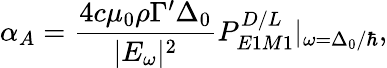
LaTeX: \alpha_{A}=\frac{4c\mu_{0}\rho\Gamma^{\prime}\Delta_{0}}{|E_{\omega}|^{2}}P_{E1M1}^{D/L}|_{\omega=\Delta_{0}/\hbar},